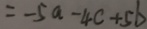
= - 5 a - 4 c + 5 b